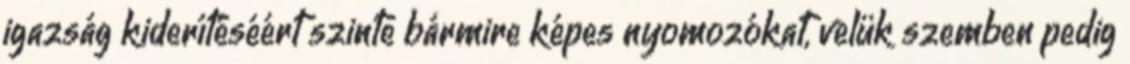
igazság kiderítéséért szinte bármire képes nyomozókat, velük szemben pedig